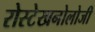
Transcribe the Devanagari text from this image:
रोस्टेखनोलोजी